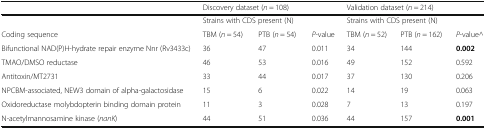
<table><thead><tr><td></td><td colspan="3"><b>Discovery dataset (<i>n</i> = 108)</b></td><td colspan="3"><b>Validation dataset (<i>n</i> = 214)</b></td></tr></thead><tbody><tr><td></td><td colspan="2">Strains with CDS present (N)</td><td></td><td colspan="2">Strains with CDS present (N)</td><td></td></tr><tr><td>Coding sequence</td><td>TBM (<i>n</i> = 54)</td><td>PTB (<i>n</i> = 54)</td><td><i>P</i>-value</td><td>TBM (<i>n</i> = 52)</td><td>PTB (<i>n</i> = 162)</td><td><i>P</i>-value^</td></tr><tr><td>Bifunctional NAD(P)H-hydrate repair enzyme Nnr (Rv3433c)</td><td>36</td><td>47</td><td>0.011</td><td>34</td><td>144</td><td><b>0.002</b></td></tr><tr><td>TMAO/DMSO reductase</td><td>46</td><td>53</td><td>0.016</td><td>49</td><td>152</td><td>0.592</td></tr><tr><td>Antitoxin/MT2731</td><td>33</td><td>44</td><td>0.017</td><td>37</td><td>130</td><td>0.206</td></tr><tr><td>NPCBM-associated, NEW3 domain of alpha-galactosidase</td><td>15</td><td>6</td><td>0.022</td><td>14</td><td>19</td><td>0.063</td></tr><tr><td>Oxidoreductase molybdopterin binding domain protein</td><td>11</td><td>3</td><td>0.028</td><td>7</td><td>13</td><td>0.197</td></tr><tr><td>N-acetylmannosamine kinase (<i>nanK</i>)</td><td>44</td><td>51</td><td>0.036</td><td>44</td><td>157</td><td><b>0.001</b></td></tr></tbody></table>